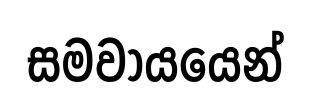
සමවායයෙන්